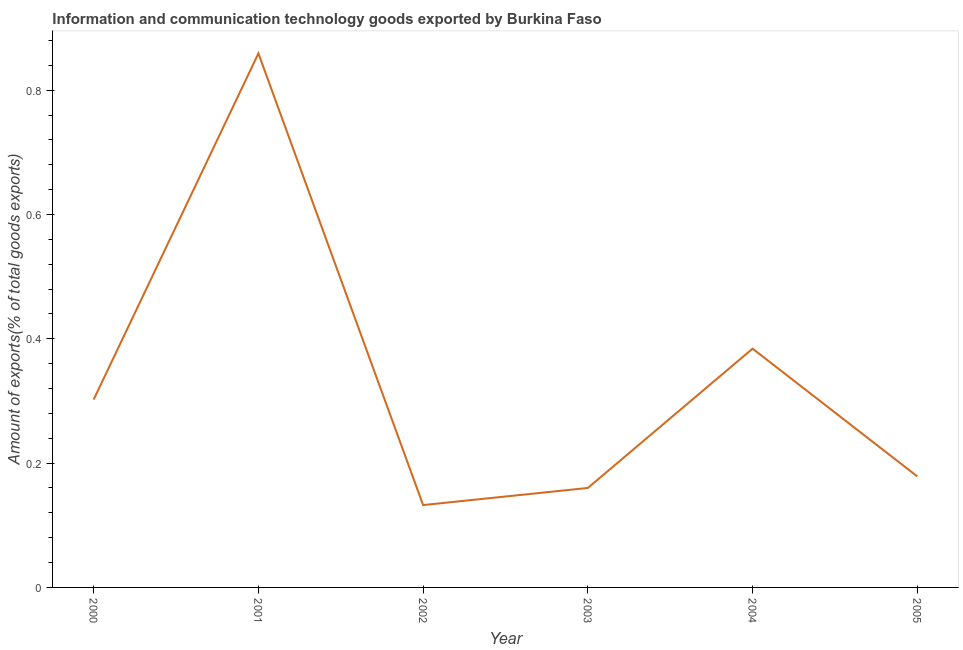
| Year | ICT goods exports |
 | --- | --- |
 | 2000 | 0.302 |
 | 2001 | 0.859 |
 | 2002 | 0.132 |
 | 2003 | 0.16 |
 | 2004 | 0.384 |
 | 2005 | 0.179 |